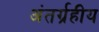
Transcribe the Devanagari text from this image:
अंतर्ग्रहीय